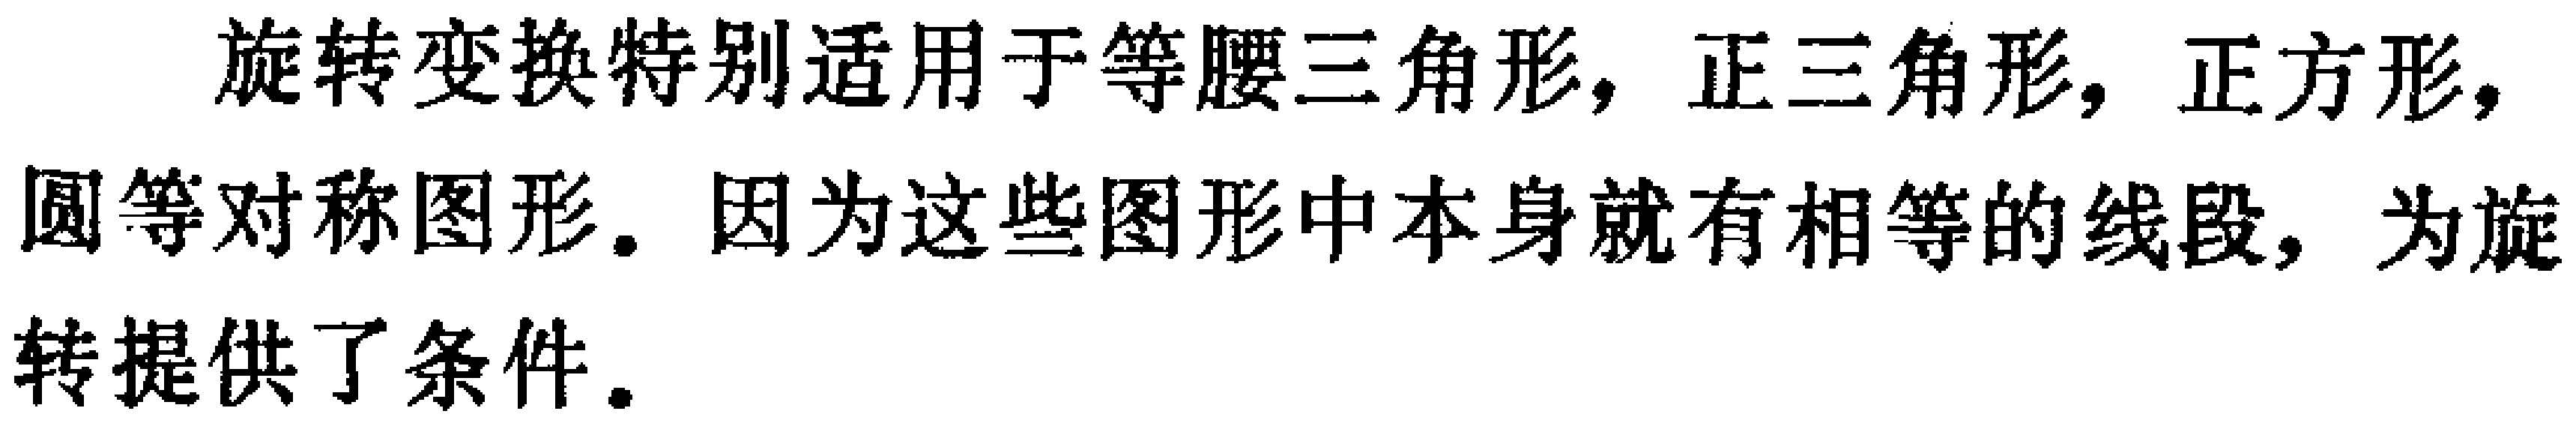
旋转变换特别适用于等腰三角形，正三角形，正方形，圆等对称图形。因为这些图形中本身就有相等的线段，为旋转提供了条件。